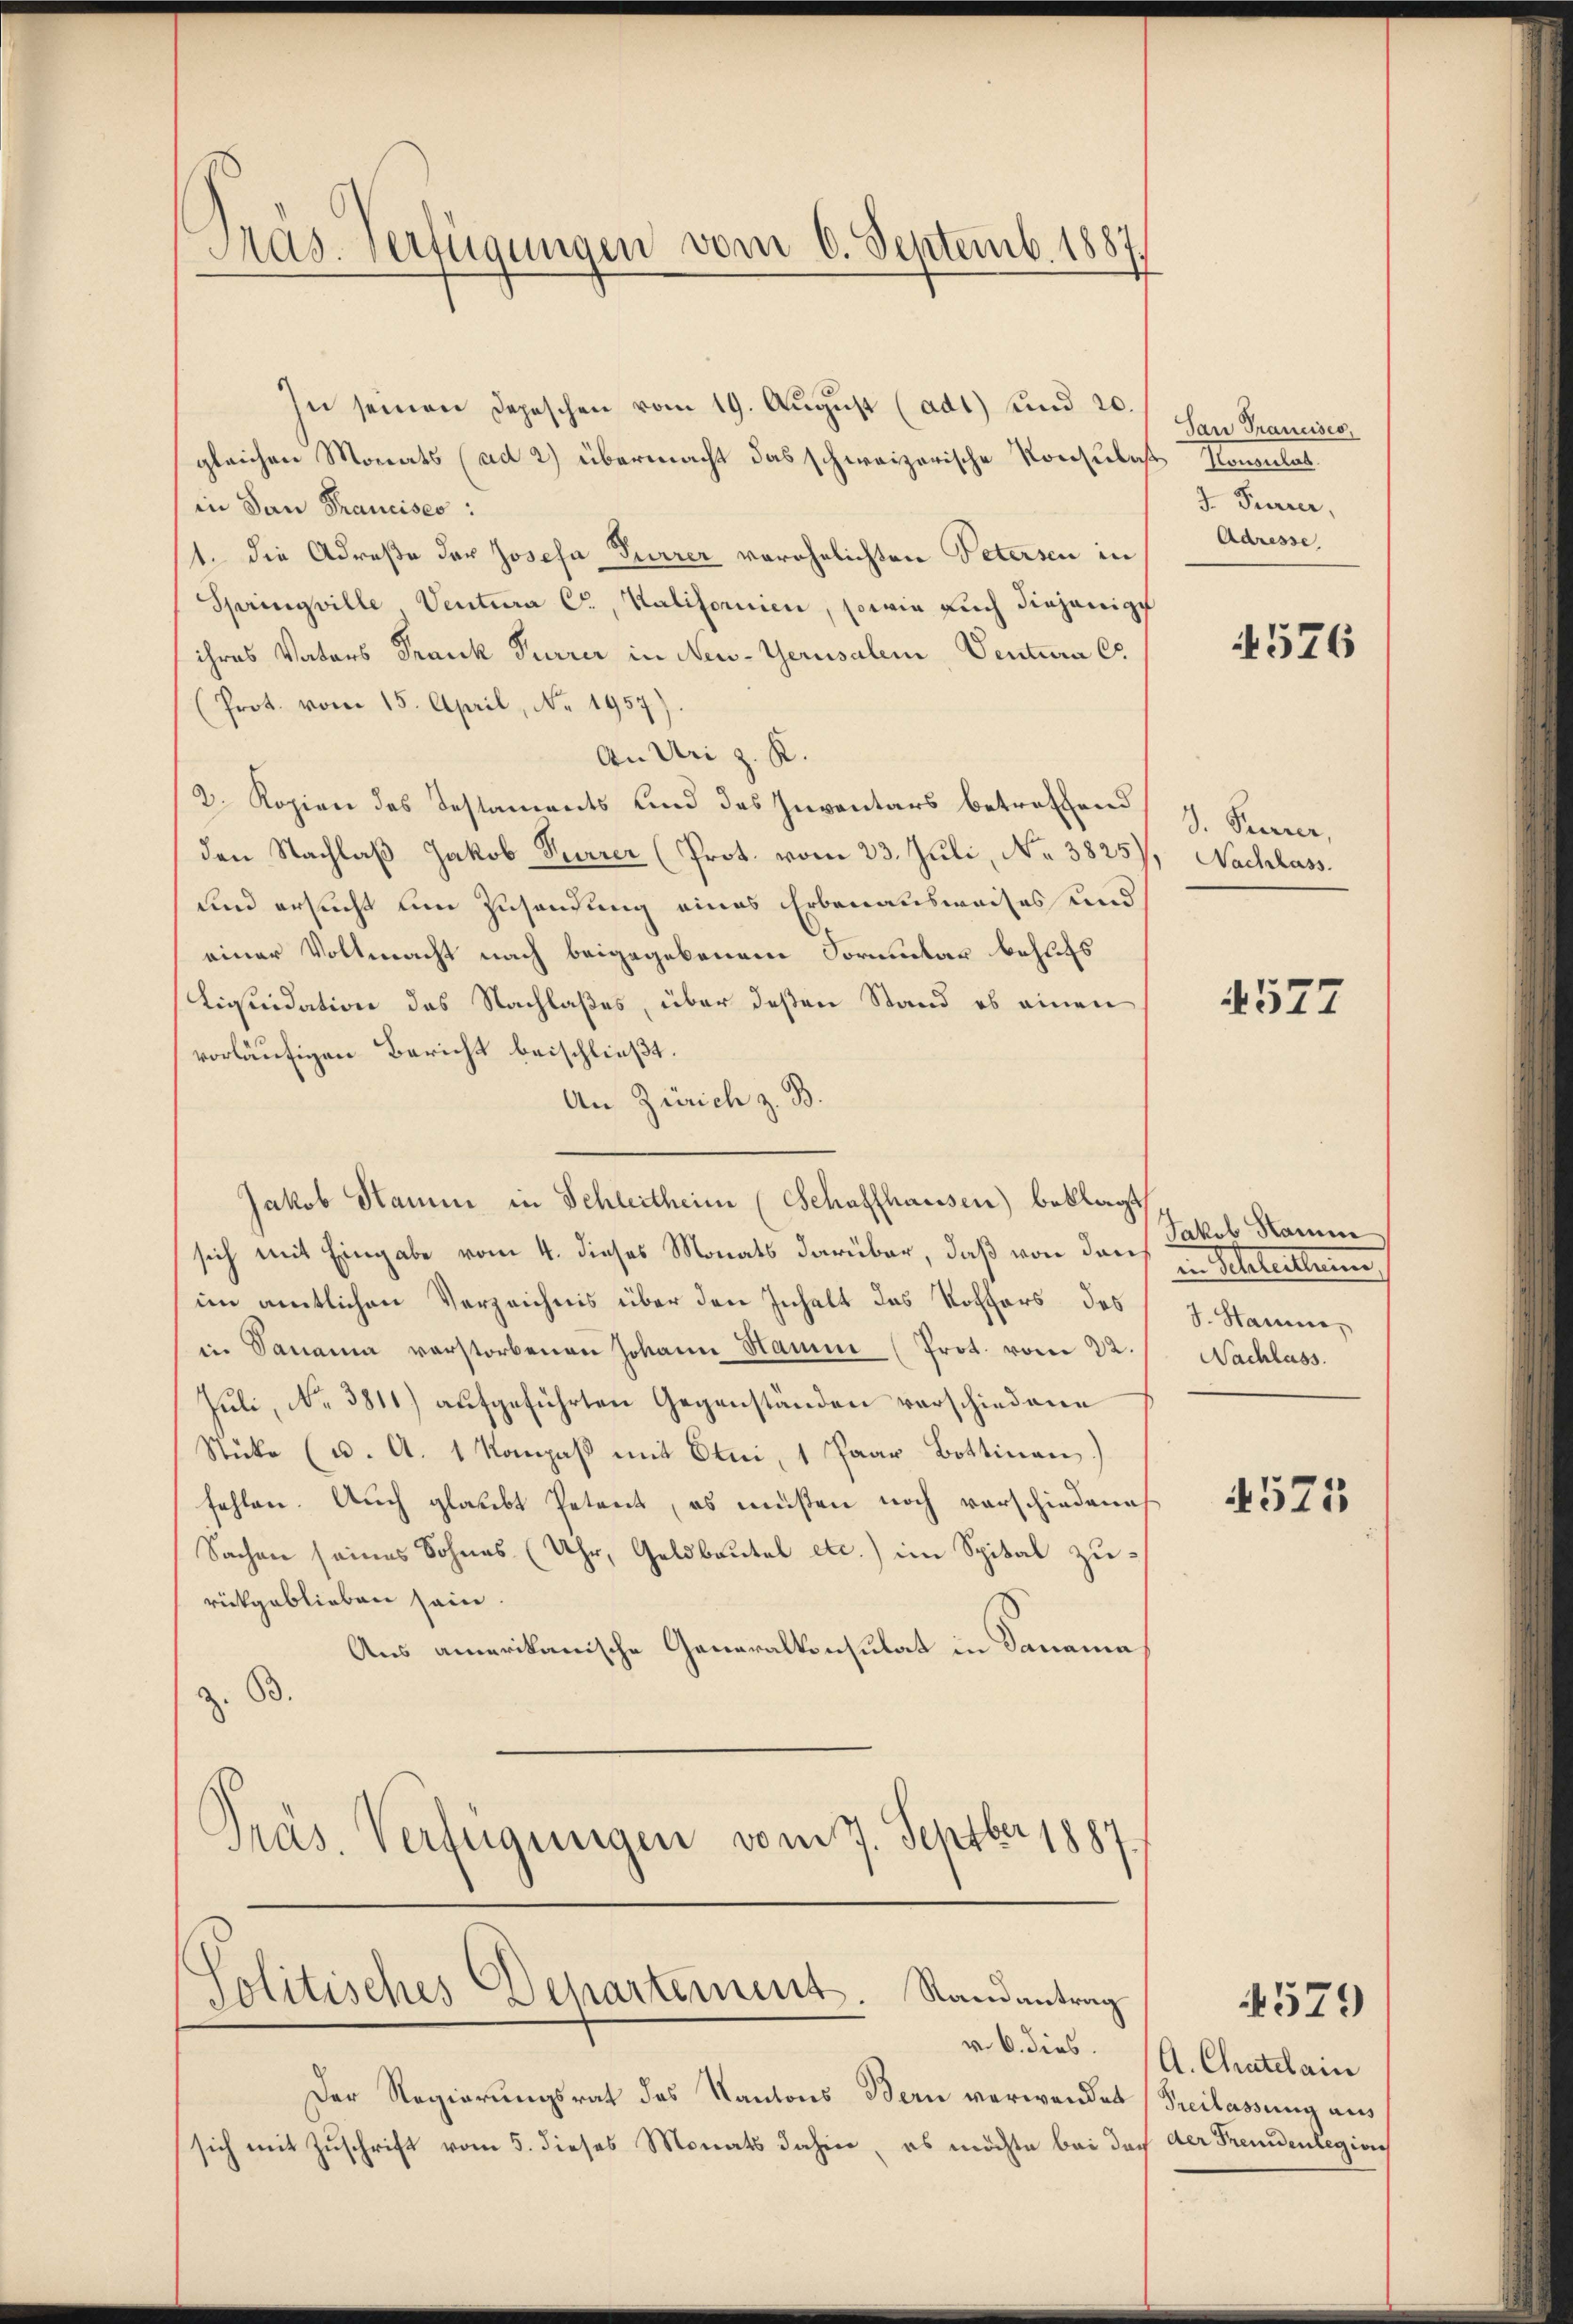
Pras-Verfügungen vom 6. Septemb. 1887

Jolitisches Departement. Randantrag

In seinen Depeschen vom 19. August (ad1) und 20.
gleichen Monats (ad 2) übermacht das schweizerische Konsulat
in dan Francisco:
1. die Adrese der Josefa Furrer verehelichten Petersen in
Springville Ventura Co, Kalifornien, sowie auch diejenige
ihres Vaters Frank Purrer in Neu-Gerusalem, Ventura Co
(Prot. vom 15. April, No. 1957)
An Uri z. K.
2. Kopien des Testaments Kind des Inventars betreffend
den Nachlaß Jakob Furrer (Prot. vom 23. Juli, No 3825)
und ersucht um Zusendung eines Erbenausweises und
einer Vollmacht nach beigegebenem Formular behufs
Liquidation des Nachlaßes, über deßen Stand es einen
vorläufigen Bericht beischließt:
An Zürich z. B.
Jakob Stamm in Schleitheim (Schaffhausen) beklagt,
sich mit Eingabe vom 4. dieses Monats darüber, daß von den
im amtlichen Verzeichnis über den Inhalt das Rothfors des
in Sanania verstorbenen Johann Hamme (Prot. vom 22. Nachlass
Juli, No 3811) aufgeführten Gegenständen verschiedene
Stücke (u. A. 1 Kompaβ mit Erni, 1 Paar Bottinen)
fehlen. Auch glaubt Petent, es müßen noch vorschiedenes
Sachen seines Sohnes (Uhr, Geldbautel etc.) im Spital zurückgeblieben sein.
Aus amerikanische Generalkonsulat in Danama¬
63.
Präs. Verfügungen vom 7. Septbr 1887

v. 6. dies.
Der Regierungsrat des Kantons Bern verwendet Freilassung aus
sich mit Zuschrift vom 5. dieses Monats dahier, es möchte bei doch der Fremdenlegion

Tan Trancisco,
Konsulat
J. Furrer,
Adresse

4576

V. Peuerer,
Nachlass.

4577

Jakob Kamm
in Stellun
J. Hamme,

4521

579

A. Chatelain